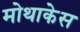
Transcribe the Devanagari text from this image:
मोथाकेस